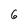
Character: 6